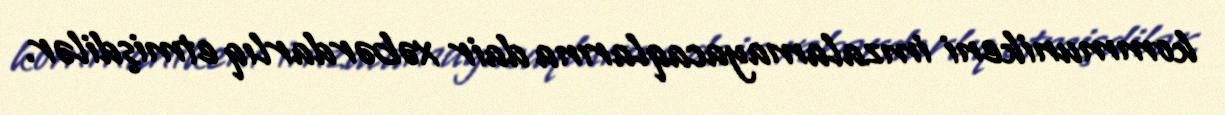
kommunikeni imzalamayacaqlarına dair xəbərdarlıq etmişdilər.